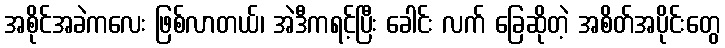
အစိုင်အခဲကလေး ဖြစ်လာတယ်၊ အဲဒီကရင့်ပြီး ခေါင်း လက် ခြေဆိုတဲ့ အစိတ်အပိုင်းတွေ